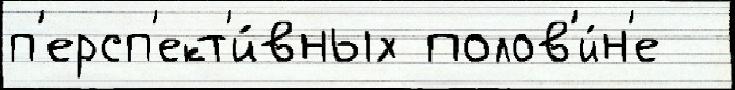
п'ерсп'ект'и́вных полов'и́н'е